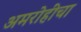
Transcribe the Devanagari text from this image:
अमरोहींचा